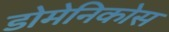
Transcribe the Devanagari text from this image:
डोमेनिकोस